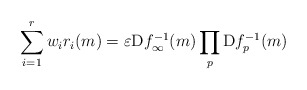
\begin{align*}\sum_{i=1}^r w_ir_i(m)=\varepsilon \mathrm{D}f_\infty^{-1}(m)\prod_{p}\mathrm{D}f_p^{-1}(m)\end{align*}